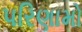
પરિણામો